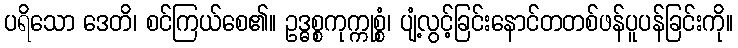
ပရိသော ဒေတိ၊ စင်ကြယ်စေ၏။ ဥဒ္ဓစ္စကုက္ကုစ္စံ၊ ပျံ့လွင့်ခြင်းနောင်တတစ်ဖန်ပူပန်ခြင်းကို။